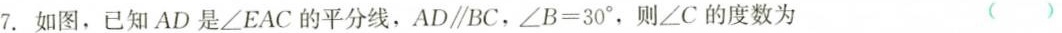
7. 如图，已知AD是\angle EAC的平分线，$$AD\parallel BC$$，$$\angle B＝30^{\circ}$$，则\angle C的度数为 ( )